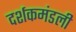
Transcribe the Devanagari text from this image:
दर्शकमंडली